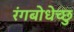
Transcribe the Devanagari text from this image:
रंगबोधेच्छु